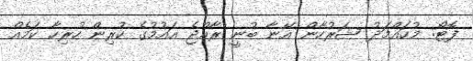
ފޮޓޯ: މުހައްމަދު ޝަރުހާން އޭނާ ބުނީ ރާއްޖެ އައުމުގެ ކުރިން ހުރިހާ ކަމެއް